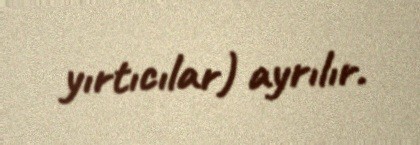
yırtıcılar) ayrılır.